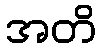
အတိ